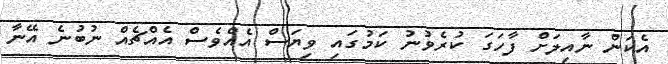
އެކަން ނާއިލަށް ފާހަގަ ކުރެވުނު ކަމުގައި ވިޔަސް އެއްވެސް އެއްޗެއް ނުބުނެ އޭނާ